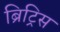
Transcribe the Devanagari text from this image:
ब्रिट्रिस